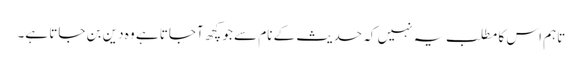
تاہم اس کا مطلب یہ نہیں کہ حدیث کے نام سے جو کچھ آجاتا ہے وہ دین بن جاتا ہے۔